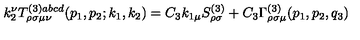
k _ { 2 } ^ { \nu } T _ { \rho \sigma \mu \nu } ^ { ( 3 ) a b c d } ( p _ { 1 } , p _ { 2 } ; k _ { 1 } , k _ { 2 } ) = C _ { 3 } k _ { 1 \mu } S _ { \rho \sigma } ^ { ( 3 ) } + C _ { 3 } \Gamma _ { \rho \sigma \mu } ^ { ( 3 ) } ( p _ { 1 } , p _ { 2 } , q _ { 3 } )